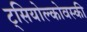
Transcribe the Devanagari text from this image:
ट्सियोल्कोवस्की